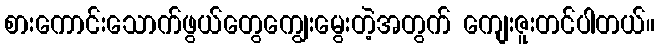
စားကောင်းသောက်ဖွယ်တွေကျွေးမွေးတဲ့အတွက် ကျေးဇူးတင်ပါတယ်။